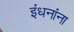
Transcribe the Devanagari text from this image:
इंधनांना